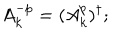
A _ { k } ^ { - p } = ( A _ { k } ^ { p } ) ^ { \dagger } ;